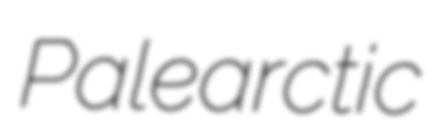
Palearctic